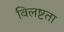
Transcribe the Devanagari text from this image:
विलष्टता